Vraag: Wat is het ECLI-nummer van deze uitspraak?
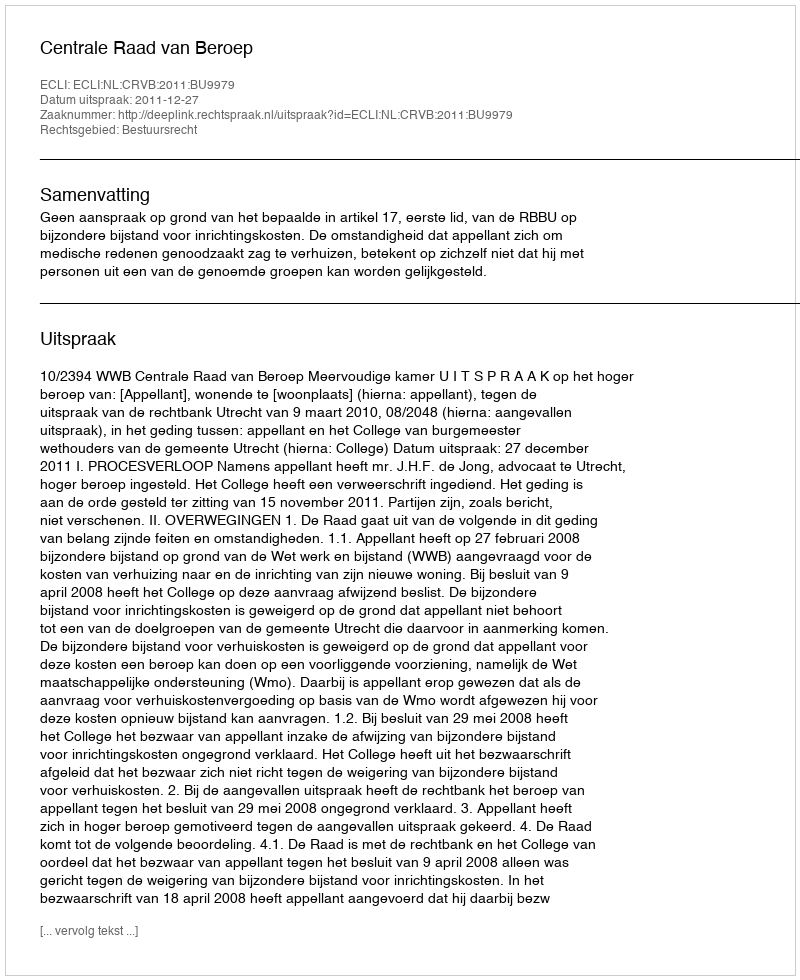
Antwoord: ECLI:NL:CRVB:2011:BU9979